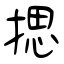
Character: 揌